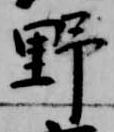
野